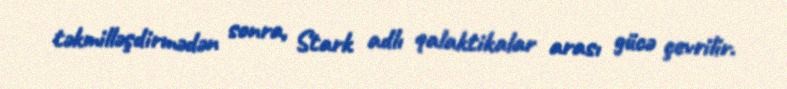
təkmilləşdirmədən sonra, Stark adlı qalaktikalar arası gücə çevrilir.